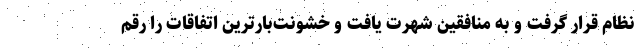
نظام قرار گرفت و به منافقین شهرت یافت و خشونت‌بارترین اتفاقات را رقم